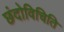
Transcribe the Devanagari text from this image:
छंदोविचिति